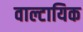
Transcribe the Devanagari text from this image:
वाल्टायिक